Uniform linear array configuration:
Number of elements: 24
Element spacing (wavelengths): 1
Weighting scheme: hamming
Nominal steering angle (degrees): -45
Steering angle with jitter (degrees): -46.208
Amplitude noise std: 0.05
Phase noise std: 0.05

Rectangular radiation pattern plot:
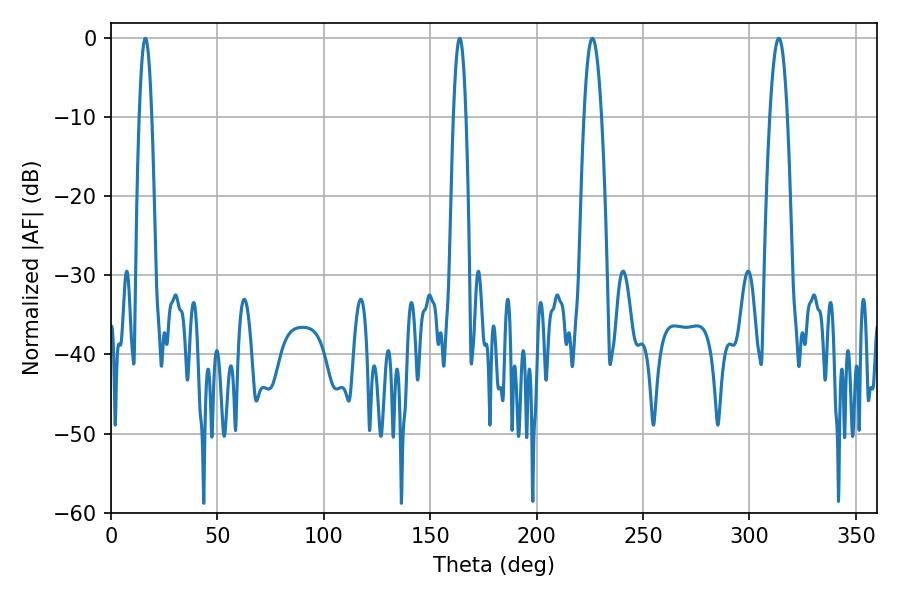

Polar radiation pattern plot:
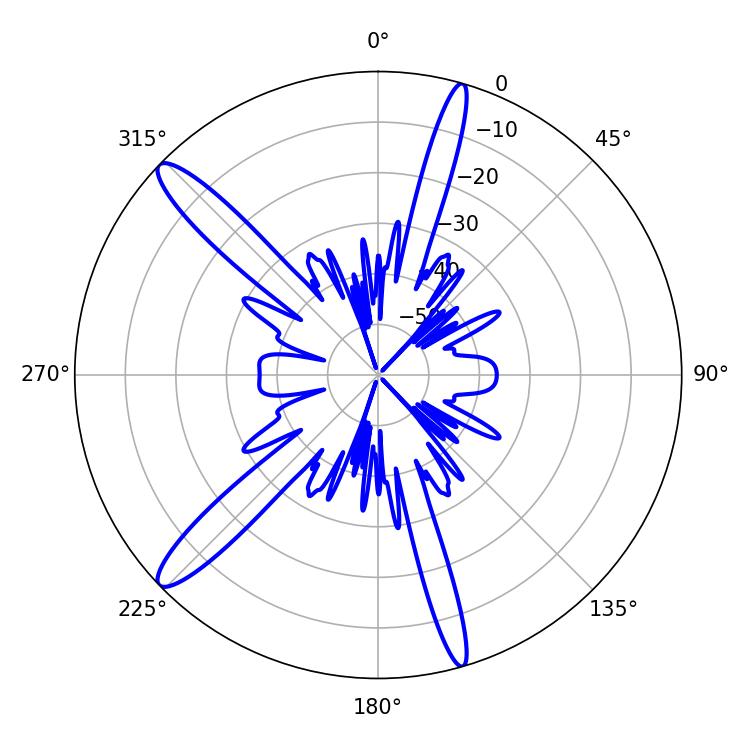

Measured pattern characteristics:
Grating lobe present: TRUE
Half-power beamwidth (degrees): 4.5
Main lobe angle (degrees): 313.74